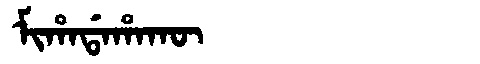
Manchu: ᠮᡳᡥᠠᡩᠠᡥᠠᡴᡡ
Romanization: MIHADAHAKŪ